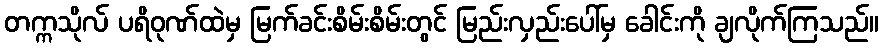
တက္ကသိုလ် ပရိဝုဏ်ထဲမှ မြက်ခင်းစိမ်းစိမ်းတွင် မြည်းလှည်းပေါ်မှ ခေါင်းကို ချလိုက်ကြသည်။